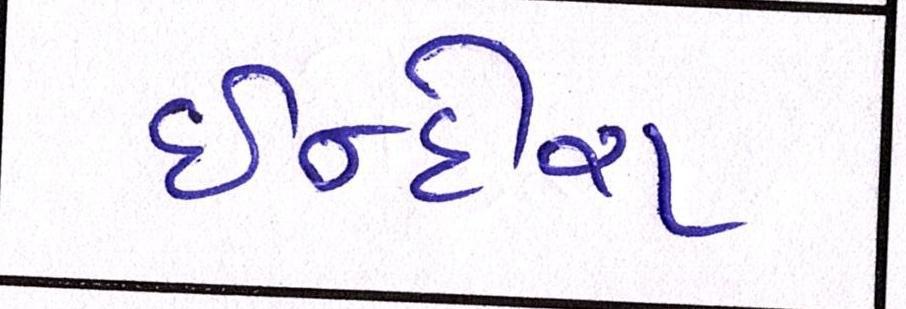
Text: ઈન્દીરા